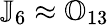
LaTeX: {\mathbb J}_{6}\approx{\mathbb O}_{13}